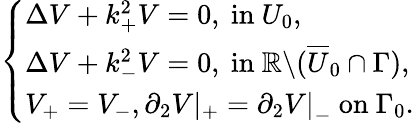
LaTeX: \left\{ \begin{array}{ll}{\Delta V+k_{+}^{2}V=0,\mathrm{~in~}U_{0},}\\ {\Delta V+k_{-}^{2}V=0,\mathrm{~in~}\mathbb{R}\backslash(\overline{{U}}_{0}\cap\Gamma),}\\ {V_{+}=V_{-},\partial_{2}V\left|_{+}=\partial_{2}V\right|_{-}\mathrm{~on~}\Gamma_{0}.}\end{array}\right.